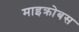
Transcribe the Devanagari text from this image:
माइक्रोबस